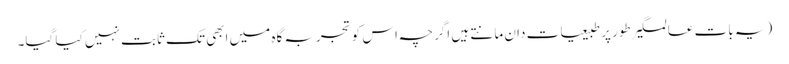
(یہ بات عالمگیر طور پر طبیعیات دان مانتے ہیں اگرچہ اس کو تجربہ گاہ میں ابھی تک ثابت نہیں کیا گیا۔